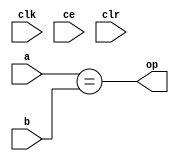
module sysgen_relational_f303c211e7 (
  input [(4 - 1):0] a,
  input [(4 - 1):0] b,
  output [(1 - 1):0] op,
  input clk,
  input ce,
  input clr);
  wire [(4 - 1):0] a_1_31;
  wire [(4 - 1):0] b_1_34;
  localparam [(1 - 1):0] const_value = 1'b1;
  wire result_12_3_rel;
  assign a_1_31 = a;
  assign b_1_34 = b;
  assign result_12_3_rel = a_1_31 == b_1_34;
  assign op = result_12_3_rel;
endmodule